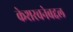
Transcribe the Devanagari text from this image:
केशरचनेबद्दल